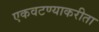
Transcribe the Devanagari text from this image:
एकवटण्याकरीता